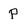
Character: p